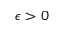
\epsilon > 0